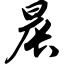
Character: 晨